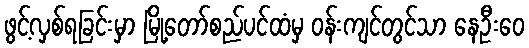
ဖွင့်လှစ်ရခြင်းမှာ မြို့တော်စည်ပင်ထံမှ ဝန်းကျင်တွင်သာ နေဦးဝေ